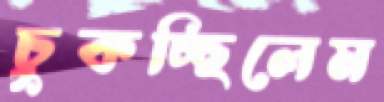
চুকচ্ছিলেম